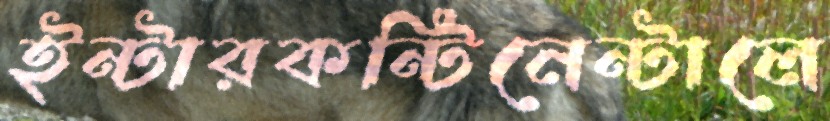
ইন্টারকন্টিনেন্টালে